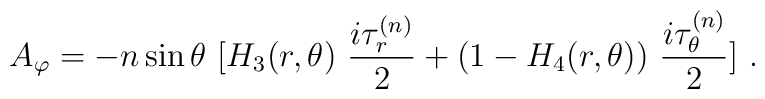
A_\varphi = -n \sin \theta \ [ H_3(r,\theta) \ \frac{i \tau_{r}^{(n)}}{2}               +(1 - H_4(r,\theta)) \ \frac{i \tau_{\theta}^{(n)}}{2}] \ .